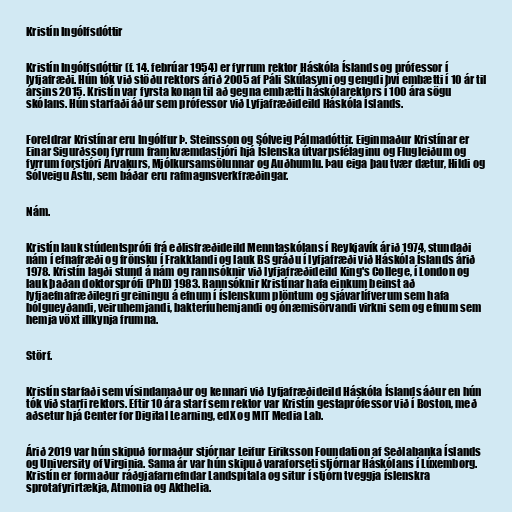
Kristín Ingólfsdóttir

Kristín Ingólfsdóttir (f. 14. febrúar 1954) er fyrrum rektor Háskóla Íslands og prófessor í
lyfjafræði. Hún tók við stöðu rektors árið 2005 af Páli Skúlasyni og gengdi því embætti í 10 ár til
ársins 2015. Kristín var fyrsta konan til að gegna embætti háskólarektors í 100 ára sögu
skólans. Hún starfaði áður sem prófessor við Lyfjafræðideild Háskóla Íslands.

Foreldrar Kristínar eru Ingólfur Þ. Steinsson og Sólveig Pálmadóttir. Eiginmaður Kristínar er
Einar Sigurðsson fyrrum framkvæmdastjóri hjá Íslenska útvarpsfélaginu og Flugleiðum og
fyrrum forstjóri Árvakurs, Mjólkursamsölunnar og Auðhumlu. Þau eiga þau tvær dætur, Hildi og
Sólveigu Ástu, sem báðar eru rafmagnsverkfræðingar.

Nám.

Kristín lauk stúdentsprófi frá eðlisfræðideild Menntaskólans í Reykjavík árið 1974, stundaði
nám í efnafræði og frönsku í Frakklandi og lauk BS gráðu í lyfjafræði við Háskóla Íslands árið
1978. Kristín lagði stund á nám og rannsóknir við lyfjafræðideild King's College, í London og
lauk þaðan doktorsprófi (PhD) 1983. Rannsóknir Kristínar hafa einkum beinst að
lyfjaefnafræðilegri greiningu á efnum í íslenskum plöntum og sjávarlífverum sem hafa
bólgueyðandi, veiruhemjandi, bakteríuhemjandi og ónæmisörvandi virkni sem og efnum sem
hemja vöxt illkynja frumna.

Störf.

Kristín starfaði sem vísindamaður og kennari við Lyfjafræðideild Háskóla Íslands áður en hún
tók við starfi rektors. Eftir 10 ára starf sem rektor var Kristín gestaprófessor við í Boston, með
aðsetur hjá Center for Digital Learning, edX og MIT Media Lab.

Árið 2019 var hún skipuð formaður stjórnar Leifur Eiriksson Foundation af Seðlabanka Íslands
og University of Virginia. Sama ár var hún skipuð varaforseti stjórnar Háskólans í Lúxemborg.
Kristín er formaður ráðgjafarnefndar Landspítala og situr í stjórn tveggja íslenskra
sprotafyrirtækja, Atmonia og Akthelia.